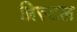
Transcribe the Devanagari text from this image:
ब्रिस्‍टल